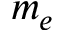
m _ { e }